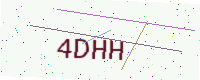
Text: 4DHH